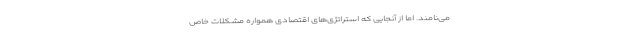
می‌نامند. اما از آنجایی که استراتژی‌های اقتصادی همواره مشکلات خاص